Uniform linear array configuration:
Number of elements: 8
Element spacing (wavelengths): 1
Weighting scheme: hann
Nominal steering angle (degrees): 15
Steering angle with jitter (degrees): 16.009
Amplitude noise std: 0.05
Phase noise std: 0.05

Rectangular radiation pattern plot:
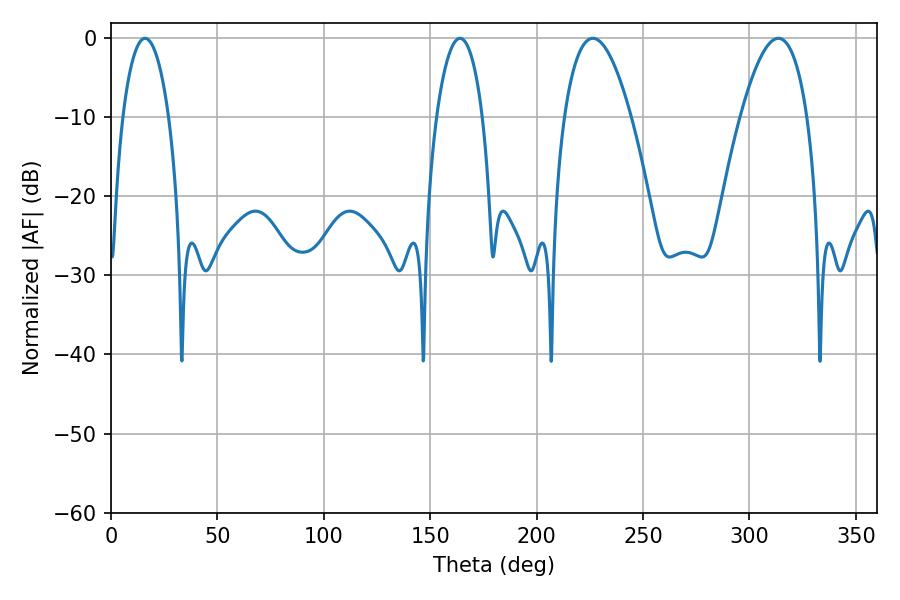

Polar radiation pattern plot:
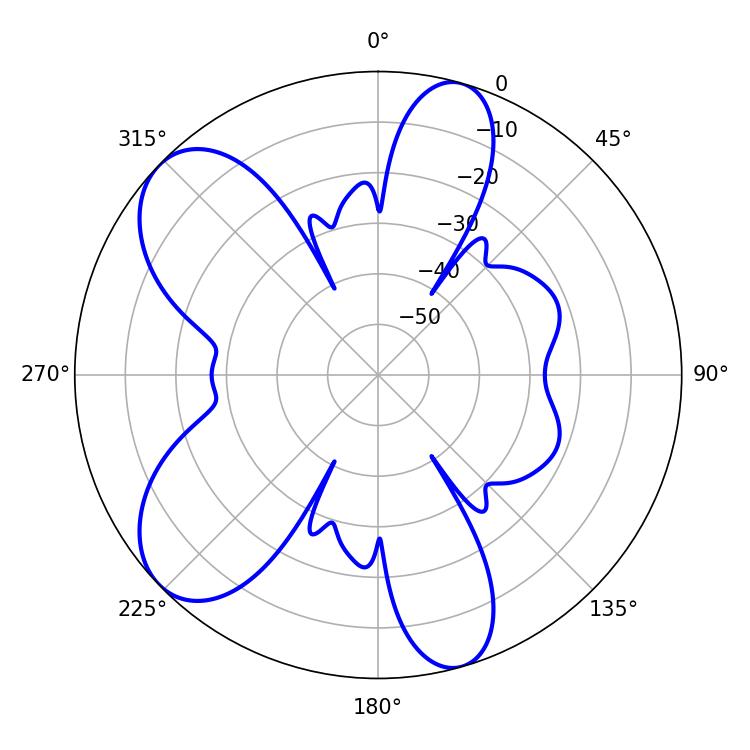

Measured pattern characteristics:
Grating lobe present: TRUE
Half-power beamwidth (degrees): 17.28
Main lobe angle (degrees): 226.44